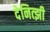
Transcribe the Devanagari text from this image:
देनित्झी